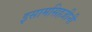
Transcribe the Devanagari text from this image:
इसामसिहजीनी